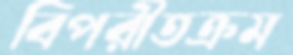
বিপরীতক্রম